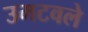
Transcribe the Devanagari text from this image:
उमटवले